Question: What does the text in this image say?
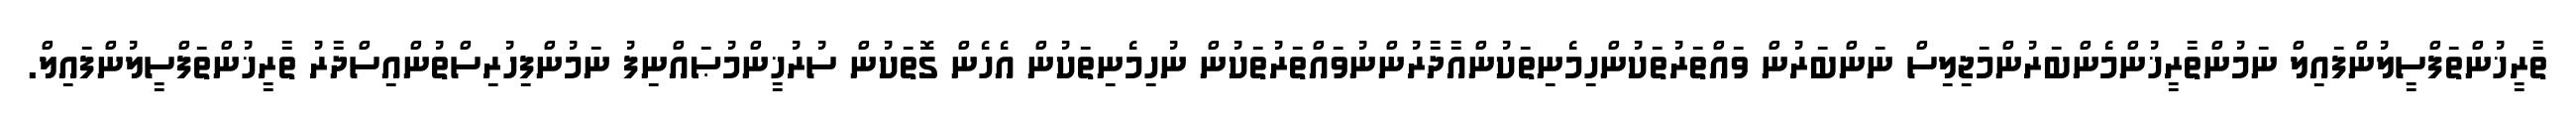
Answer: ތާރީޚުންތަފްސީލުންފައިލް ނަމުންތާރީޚުންމެންބަރުންމަޖިލިސް ނަންބަރުން ވައްތަރުތަކުންހިމެނިތަކުންއާދާރުންނުވައްތަރުތަކުން ނުހިމެނިތަކުން އެހެން ގޮތަކުން ސުރުޚީންމުޞައްނިފު ނަމުންފިހުރިސްތުންއިސްދާރު ތާރީޚުންތަފްސީލުންފައިލް.